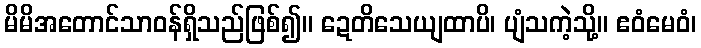
မိမိအတောင်သာဝန်ရှိသည်ဖြစ်၍။ ဍေတိသေယျထာပိ၊ ပျံသကဲ့သို့။ ဧဝံမေဝံ၊